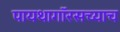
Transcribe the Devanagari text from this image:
पायथागॉरसच्याच